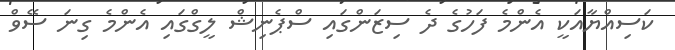
ކަސިއްޔާއަކީ އެންމެ ފަހުގެ ދެ ސިޒަންގައި ސްޕެނިޝް ލީގްގައި އެންމެ ގިނަ ސޭވް